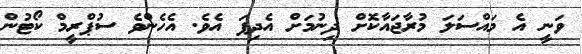
ވަނީ އެ މައްސަލަ މުރާޖައާކޮށް ދިނުމަށް އެދިފަ އެވެ. އެހެންވެ ސުޕްރީމް ކޯޓުން